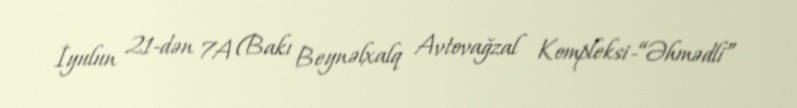
İyulun 21-dən 7A (Bakı Beynəlxalq Avtovağzal Kompleksi-“Əhmədli”